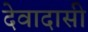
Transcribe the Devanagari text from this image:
देवादासी